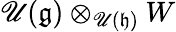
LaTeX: \mathscr{U}({\mathfrak{{g}}})\otimes_{\mathscr{U}({\mathfrak{{h}}})}W